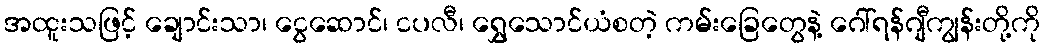
အထူးသဖြင့် ချောင်းသာ၊ ငွေဆောင်၊ ငပလီ၊ ရွှေသောင်ယံစတဲ့ ကမ်းခြေတွေနဲ့ ဂေါ်ရန်ဂျီကျွန်းတို့ကို